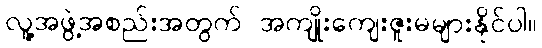
လူ့အဖွဲ့အစည်းအတွက် အကျိုးကျေးဇူးမများနိုင်ပါ။